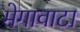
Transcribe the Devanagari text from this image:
मेगावाटा